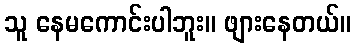
သူ နေမကောင်းပါဘူး။ ဖျားနေတယ်။